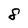
Character: 8